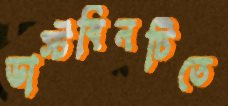
ডাস্টবিনটিতে